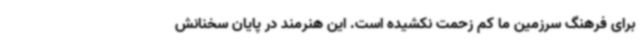
برای فرهنگ سرزمین ما کم زحمت نکشیده است. این هنرمند در پایان سخنانش